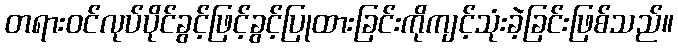
တရားဝင်လုပ်ပိုင်ခွင့်ဖြင့်ခွင့်ပြုထားခြင်းကိုကျင့်သုံးခဲ့ခြင်းဖြစ်သည်။